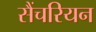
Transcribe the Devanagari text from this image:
सैंचरियन